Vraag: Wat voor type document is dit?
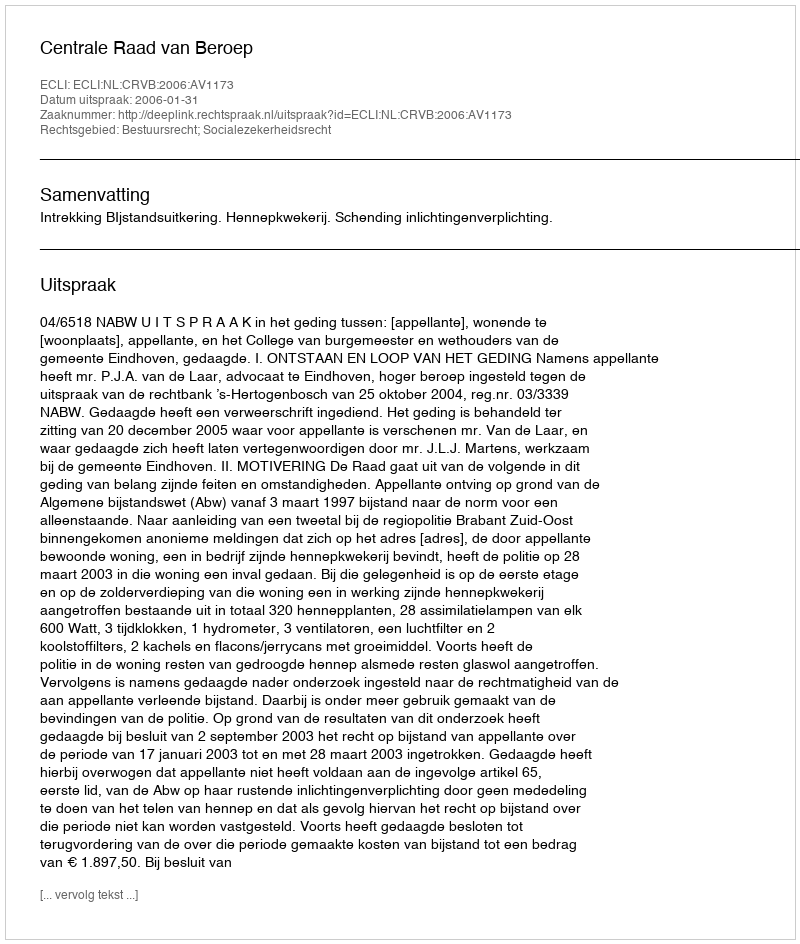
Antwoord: Uitspraak